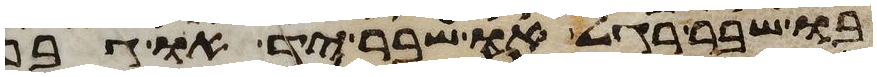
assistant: בו שבר רגל או שבר יד או גבן